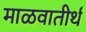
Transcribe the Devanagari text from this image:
माळवातीर्थ